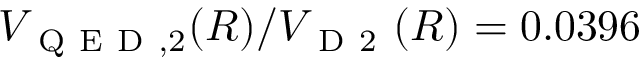
V _ { \mathrm { ~ Q ~ E ~ D ~ } , 2 } ( R ) / V _ { \mathrm { ~ D ~ 2 ~ } } ( R ) = 0 . 0 3 9 6